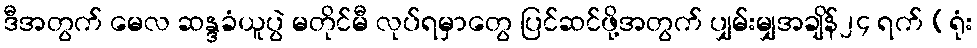
ဒီအတွက် မေလ ဆန္ဒခံယူပွဲ မတိုင်မီ လုပ်ရမှာတွေ ပြင်ဆင်ဖို့အတွက် ပျှမ်းမျှအချိန်၂၄ ရက် (ရုံး